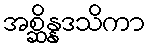
အစ္ဆိန္နဒသိကာ